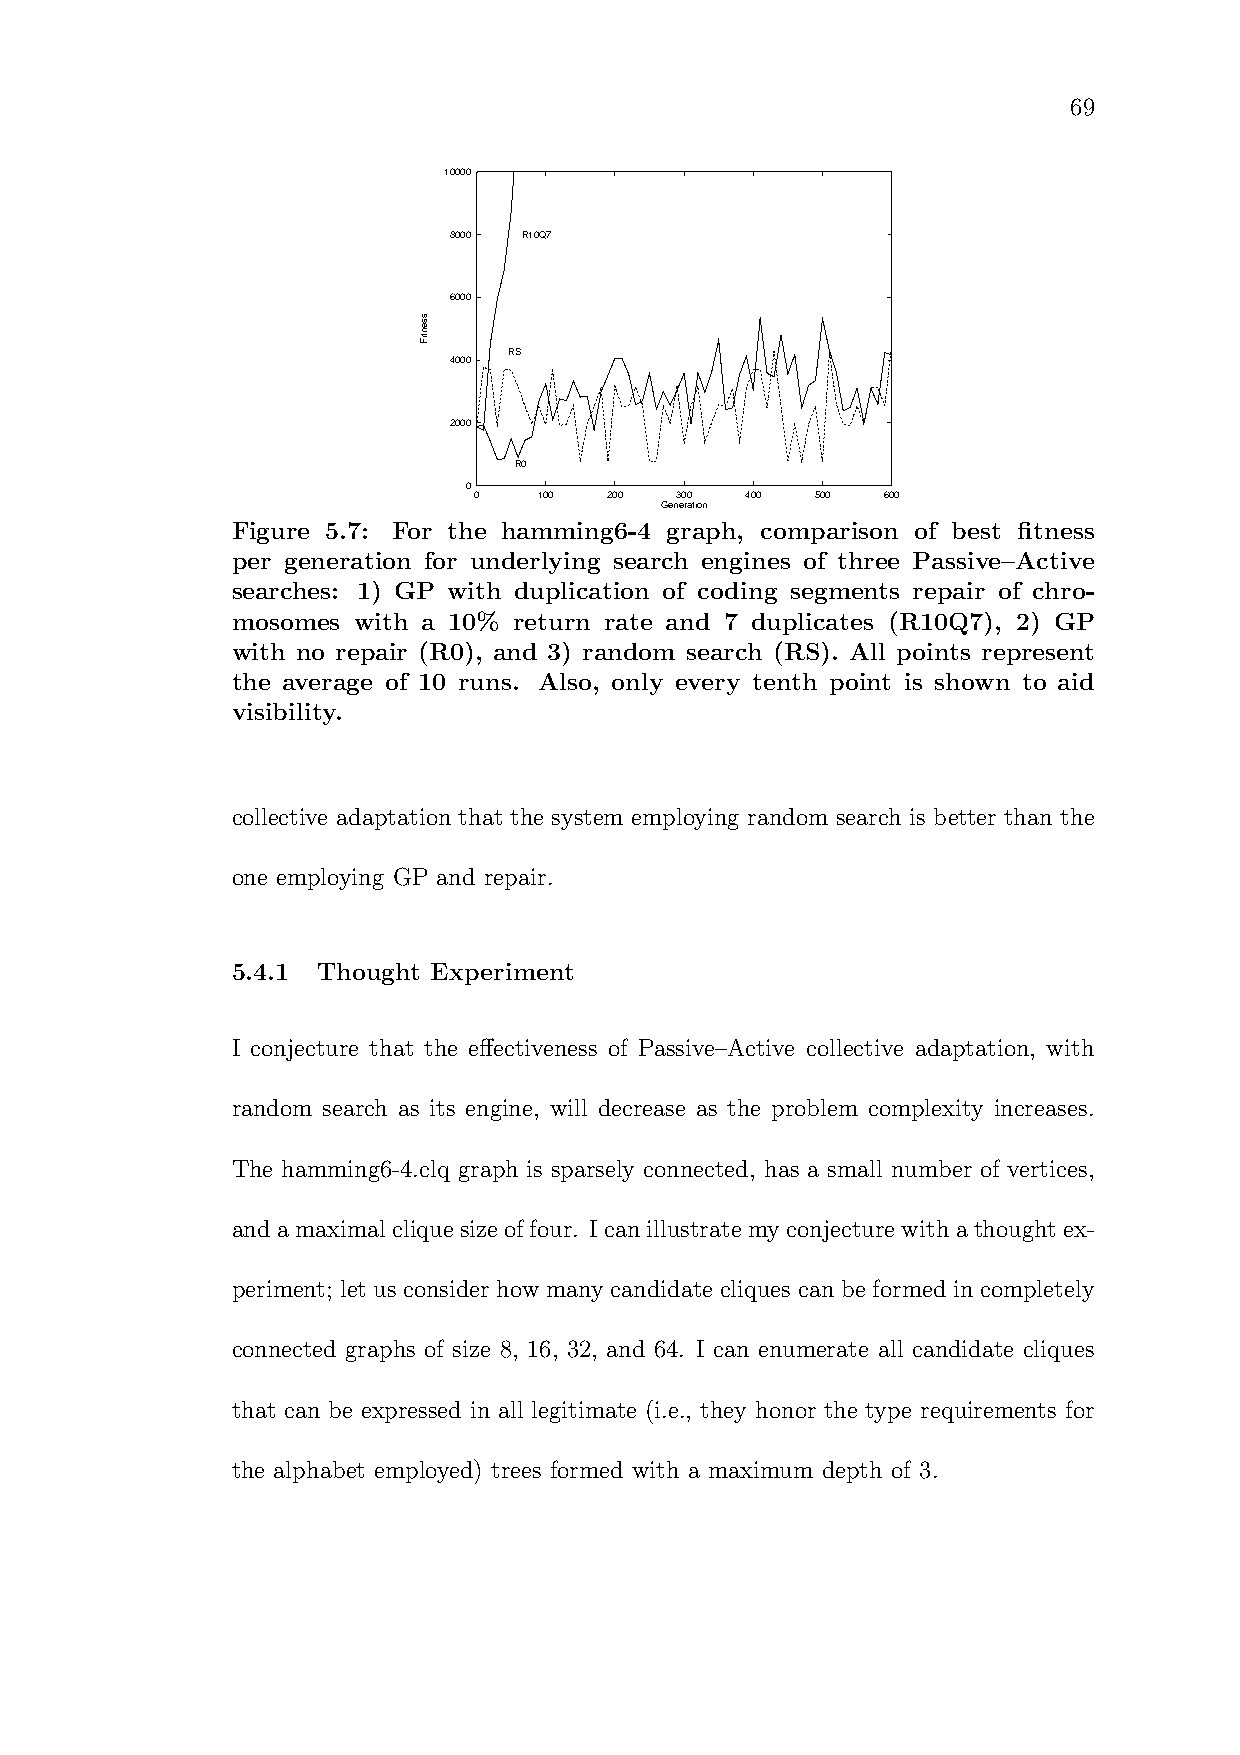
69
 10000
 8000 R10Q7
 6000
 RS
 4000
 2000
 R0
 0
 0    100 200  300 400  500 600
 Generation
 Figure 5.7: For the hamming6-4 graph, comparison of best fitness
 per generation for underlying search engines of three Passive–Active
 searches: 1) GP with duplication of coding segments repair of chro-
 mosomes with a 10% return rate and 7 duplicates (R10Q7), 2) GP
 with no repair (R0), and 3) random search (RS). All points represent
 the average of 10 runs. Also, only every tenth point is shown to aid
 visibility.
 collective adaptation that the system employing random search is better than the
 one employing GP and repair.
 5.4.1 Thought Experiment
 I conjecture that the effectiveness of Passive–Active collective adaptation, with
 random search as its engine, will decrease as the problem complexity increases.
 The hamming6-4.clq graph is sparsely connected, has a small number of vertices,
 andamaximal cliquesizeoffour. Icanillustratemyconjecturewithathought ex-
 periment; let us consider how many candidate cliques can be formed in completely
 connected graphs of size 8, 16, 32, and 64. I can enumerate all candidate cliques
 that can be expressed in all legitimate (i.e., they honor the type requirements for
 the alphabet employed) trees formed with a maximum depth of 3.
 ssentiF